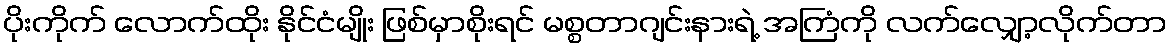
ပိုးကိုက် လောက်ထိုး နိုင်ငံမျိုး ဖြစ်မှာစိုးရင် မစ္စတာဂျင်းနားရဲ့ အကြံကို လက်လျှော့လိုက်တာ